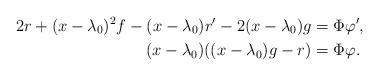
LaTeX: \begin{align*}2r+ (x-\lambda_0)^2f- (x-\lambda_0)r'-2 (x-\lambda_0)g&=\Phi\varphi',\\(x-\lambda_0)( (x-\lambda_0)g-r)&=\Phi\varphi.\end{align*}